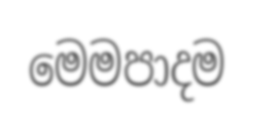
මෙමපාදම